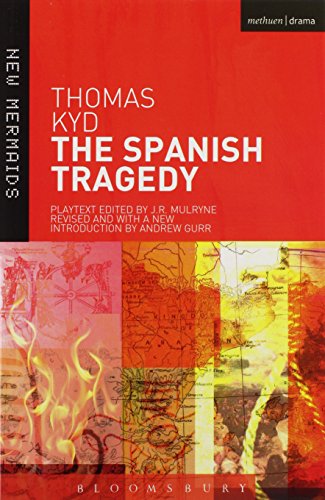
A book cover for The Spanish Tragedy (New Mermaids); Thomas Kyd; Literature & Fiction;